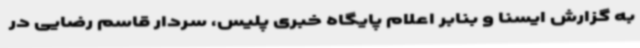
به گزارش ایسنا و بنابر اعلام پایگاه خبری پلیس، سردار قاسم رضایی در